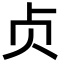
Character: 贞